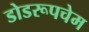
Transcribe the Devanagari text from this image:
डोडरूपचेम